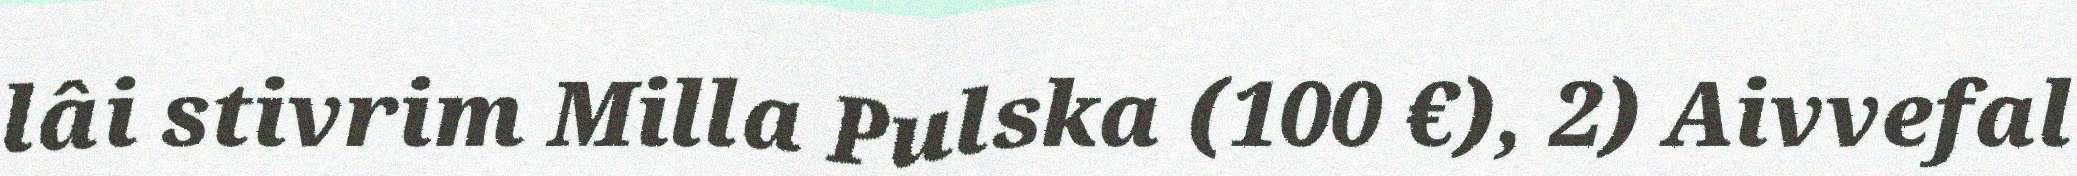
lâi stivrim Milla Pulska (100 €), 2) Aivvefal